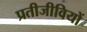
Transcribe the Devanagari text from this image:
प्रतीजीवियों